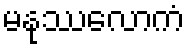
မနုဿလောကံ